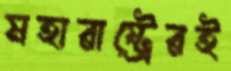
মহারাষ্ট্রেরই